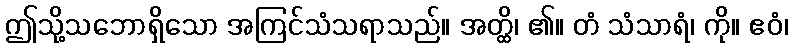
ဤသို့သဘောရှိသော အကြင်သံသရာသည်။ အတ္ထိ၊ ၏။ တံ သံသာရံ၊ ကို။ ဧဝံ၊